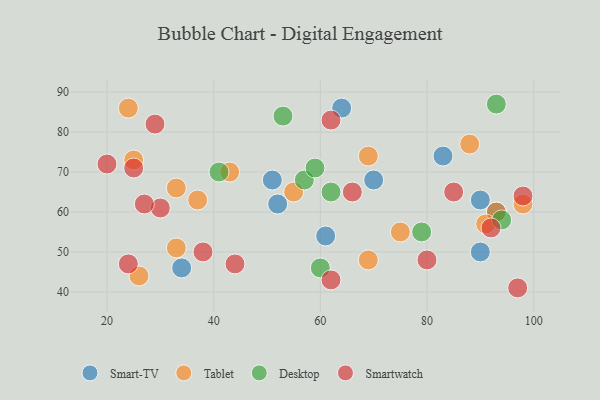
{"axis": {"x": "GDP", "y": "Life Expectancy"}, "legend": ["Desktop", "Smart-TV", "Smartwatch", "Tablet"], "data": [{"x": "90", "y": 50, "type": "Smart-TV"}, {"x": "61", "y": 54, "type": "Smart-TV"}, {"x": "83", "y": 74, "type": "Smart-TV"}, {"x": "51", "y": 68, "type": "Smart-TV"}, {"x": "64", "y": 86, "type": "Smart-TV"}, {"x": "34", "y": 46, "type": "Smart-TV"}, {"x": "52", "y": 62, "type": "Smart-TV"}, {"x": "70", "y": 68, "type": "Smart-TV"}, {"x": "93", "y": 60, "type": "Smart-TV"}, {"x": "90", "y": 63, "type": "Smart-TV"}, {"x": "69", "y": 48, "type": "Tablet"}, {"x": "69", "y": 74, "type": "Tablet"}, {"x": "24", "y": 86, "type": "Tablet"}, {"x": "88", "y": 77, "type": "Tablet"}, {"x": "43", "y": 70, "type": "Tablet"}, {"x": "25", "y": 73, "type": "Tablet"}, {"x": "75", "y": 55, "type": "Tablet"}, {"x": "33", "y": 66, "type": "Tablet"}, {"x": "98", "y": 62, "type": "Tablet"}, {"x": "26", "y": 44, "type": "Tablet"}, {"x": "37", "y": 63, "type": "Tablet"}, {"x": "93", "y": 60, "type": "Tablet"}, {"x": "33", "y": 51, "type": "Tablet"}, {"x": "55", "y": 65, "type": "Tablet"}, {"x": "91", "y": 57, "type": "Tablet"}, {"x": "57", "y": 68, "type": "Desktop"}, {"x": "62", "y": 65, "type": "Desktop"}, {"x": "59", "y": 71, "type": "Desktop"}, {"x": "60", "y": 46, "type": "Desktop"}, {"x": "94", "y": 58, "type": "Desktop"}, {"x": "93", "y": 87, "type": "Desktop"}, {"x": "79", "y": 55, "type": "Desktop"}, {"x": "53", "y": 84, "type": "Desktop"}, {"x": "41", "y": 70, "type": "Desktop"}, {"x": "92", "y": 56, "type": "Smartwatch"}, {"x": "66", "y": 65, "type": "Smartwatch"}, {"x": "30", "y": 61, "type": "Smartwatch"}, {"x": "29", "y": 82, "type": "Smartwatch"}, {"x": "80", "y": 48, "type": "Smartwatch"}, {"x": "62", "y": 43, "type": "Smartwatch"}, {"x": "62", "y": 83, "type": "Smartwatch"}, {"x": "38", "y": 50, "type": "Smartwatch"}, {"x": "20", "y": 72, "type": "Smartwatch"}, {"x": "97", "y": 41, "type": "Smartwatch"}, {"x": "85", "y": 65, "type": "Smartwatch"}, {"x": "24", "y": 47, "type": "Smartwatch"}, {"x": "98", "y": 64, "type": "Smartwatch"}, {"x": "44", "y": 47, "type": "Smartwatch"}, {"x": "25", "y": 71, "type": "Smartwatch"}, {"x": "27", "y": 62, "type": "Smartwatch"}]}